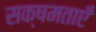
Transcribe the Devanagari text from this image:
सक्षमताएँ